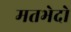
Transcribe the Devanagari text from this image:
मतभेदो